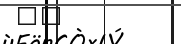
٣٠